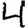
Digit: 4